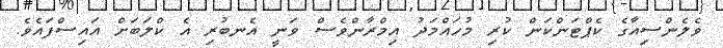
ވެލެންސިއާގެ ކެޕްޓަންކަން ކުރި މުހައްމަދު އިމްރާންވެސް ވަނީ އެނބުރި އެ ކްލަބަށް އައިސްފައެވެ.